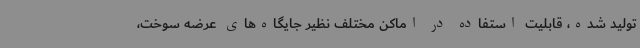
تولید شده، قابلیت استفاده در اماکن مختلف نظیر جایگاه‌های عرضه سوخت،